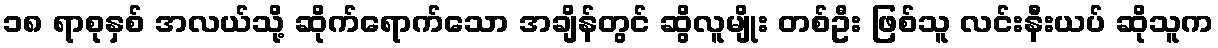
၁၈ ရာစုနှစ် အလယ်သို့ ဆိုက်ရောက်သော အချိန်တွင် ဆွိလူမျိုး တစ်ဦး ဖြစ်သူ လင်းနီးယပ် ဆိုသူက